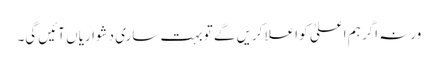
ورنہ اگر ہم اعلیٰ کو اعلا کریں گے تو بہت ساری دشواریاں آئیں گی۔